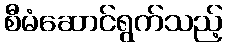
စီမံဆောင်ရွက်သည့်